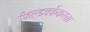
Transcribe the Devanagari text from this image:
फिल्डवर्ककरता